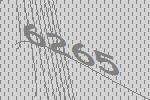
6265